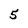
Character: 5